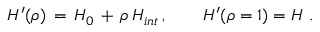
H ^ { \prime } ( \rho ) \, = \, H _ { 0 } \, + \, \rho \, H _ { i n t } \, , \qquad H ^ { \prime } ( \rho = 1 ) = H ~ .